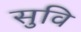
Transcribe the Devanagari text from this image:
सुवि